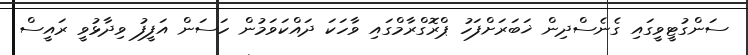
ސަންގުޓީވީގައި ގެނެސްދިން ޚަބަރަށްފަހު ޕްރޮގްރާމްގައި ވާހަކަ ދައްކަވަމުން ހަސަން އަފީފު ވިދާޅުވީ ރައީސް